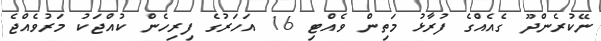
ނޭކުރެންދޫ ގެއެއްގެ ފުރާޅު މަތިން ވެއްޓި 16 އަހަރުގެ ފިރިހެން ކުއްޖަކު މަރުވެއްޖެ